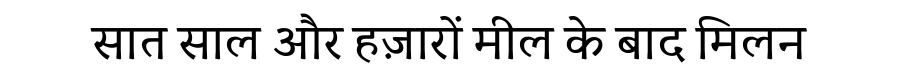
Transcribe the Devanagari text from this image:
सात साल और हज़ारों मील के बाद मिलन